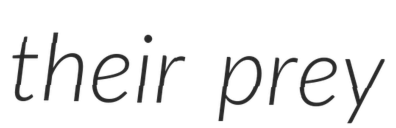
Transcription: their prey